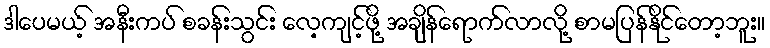
ဒါပေမယ့် အနီးကပ် စခန်းသွင်း လေ့ကျင့်ဖို့ အချိန်ရောက်လာလို့ စာမပြန်နိုင်တော့ဘူး။